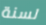
لسنة